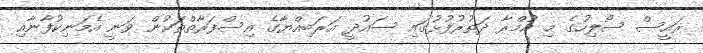
ރައީސް ސޯލިހުގެ މި އުމްރާ ދަތުރުފުޅުގައި ސައުދީ އަރަބިއްޔާގެ އިސްފަރާތްތަކުން ވަނީ އެމަނިކުފާނާއި